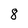
Character: 8